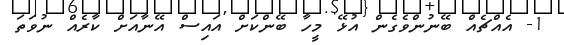
1- އެއްޗެއް ބޭނުންވެގެން އުޅޭ މީހާ ބޭންކަށް އައިސް އޭނާއަށް ކާރެއް ނުވަތަ